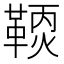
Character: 𩋹